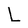
Character: L